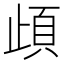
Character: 頉